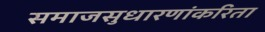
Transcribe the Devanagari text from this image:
समाजसुधारणांकरिता